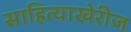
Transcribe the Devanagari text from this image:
साहित्याखेरीज